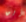
أين